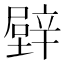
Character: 𨐧